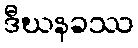
ဒီဃနခဿ